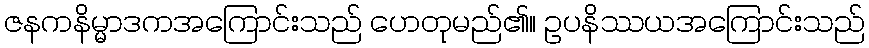
ဇနကနိမ္မာဒကအကြောင်းသည် ဟေတုမည်၏။ ဥပနိဿယအကြောင်းသည်